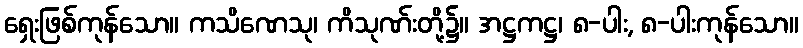
ရှေးဖြစ်ကုန်သော။ ကသိဏေသု၊ ကိသုဏ်းတို့၌။ အဋ္ဌကဋ္ဌ၊ ၈-ပါး, ၈-ပါးကုန်သော။